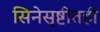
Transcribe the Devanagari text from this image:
सिनेसृष्टीतही